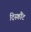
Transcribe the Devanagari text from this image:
दिस्कौंट